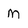
Character: m